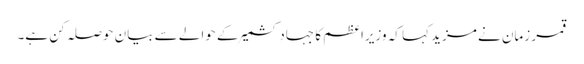
قمر زمان نے مزید کہا کہ وزیراعظم کا جہادِ کشمیر کے حوالے سے بیان حوصلہ کن ہے۔